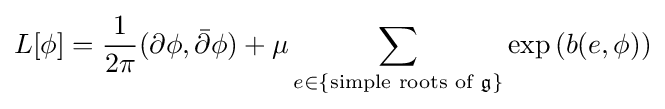
L[\phi ]={\frac {1}{2\pi }}(\partial \phi ,{\bar {\partial }}\phi )+\mu \sum _{e\in \{{\text{simple roots of }}{\mathfrak {g}}\}}\exp \left(b(e,\phi )\right)